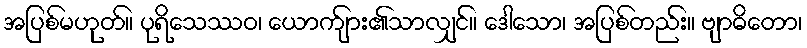
အပြစ်မဟုတ်။ ပုရိသေဿဝ၊ ယောက်ျား၏သာလျှင်။ ဒေါသော၊ အပြစ်တည်း။ ဗျာဓိတော၊